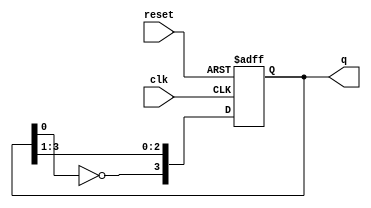
module johnson_counter (
    input wire clk,        // Clock input
    input wire reset,      // Asynchronous reset
    output reg [3:0] q     // 4-bit output
);

    // Always block triggered on the rising edge of the clock or reset
    always @(posedge clk or posedge reset) begin
        if (reset) begin
            // Asynchronous reset: set the counter to 0000
            q <= 4'b0000;
        end else begin
            // Johnson counter logic
            q[3] <= ~q[0]; // Invert the last flip-flop output and feed it to the first
            q[2] <= q[3];  // Shift the state
            q[1] <= q[2];  // Shift the state
            q[0] <= q[1];  // Shift the state
        end
    end

endmodule